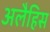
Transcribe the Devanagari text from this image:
अलैहिस